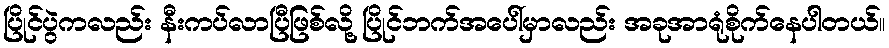
ပြိုင်ပွဲကလည်း နီးကပ်လာပြီဖြစ်လို့ ပြိုင်ဘက်အပေါ်မှာလည်း အခုအာရုံစိုက်နေပါတယ်။